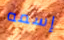
إسمه